Vabadussoja_Ajaloo_Komitee, lk 35
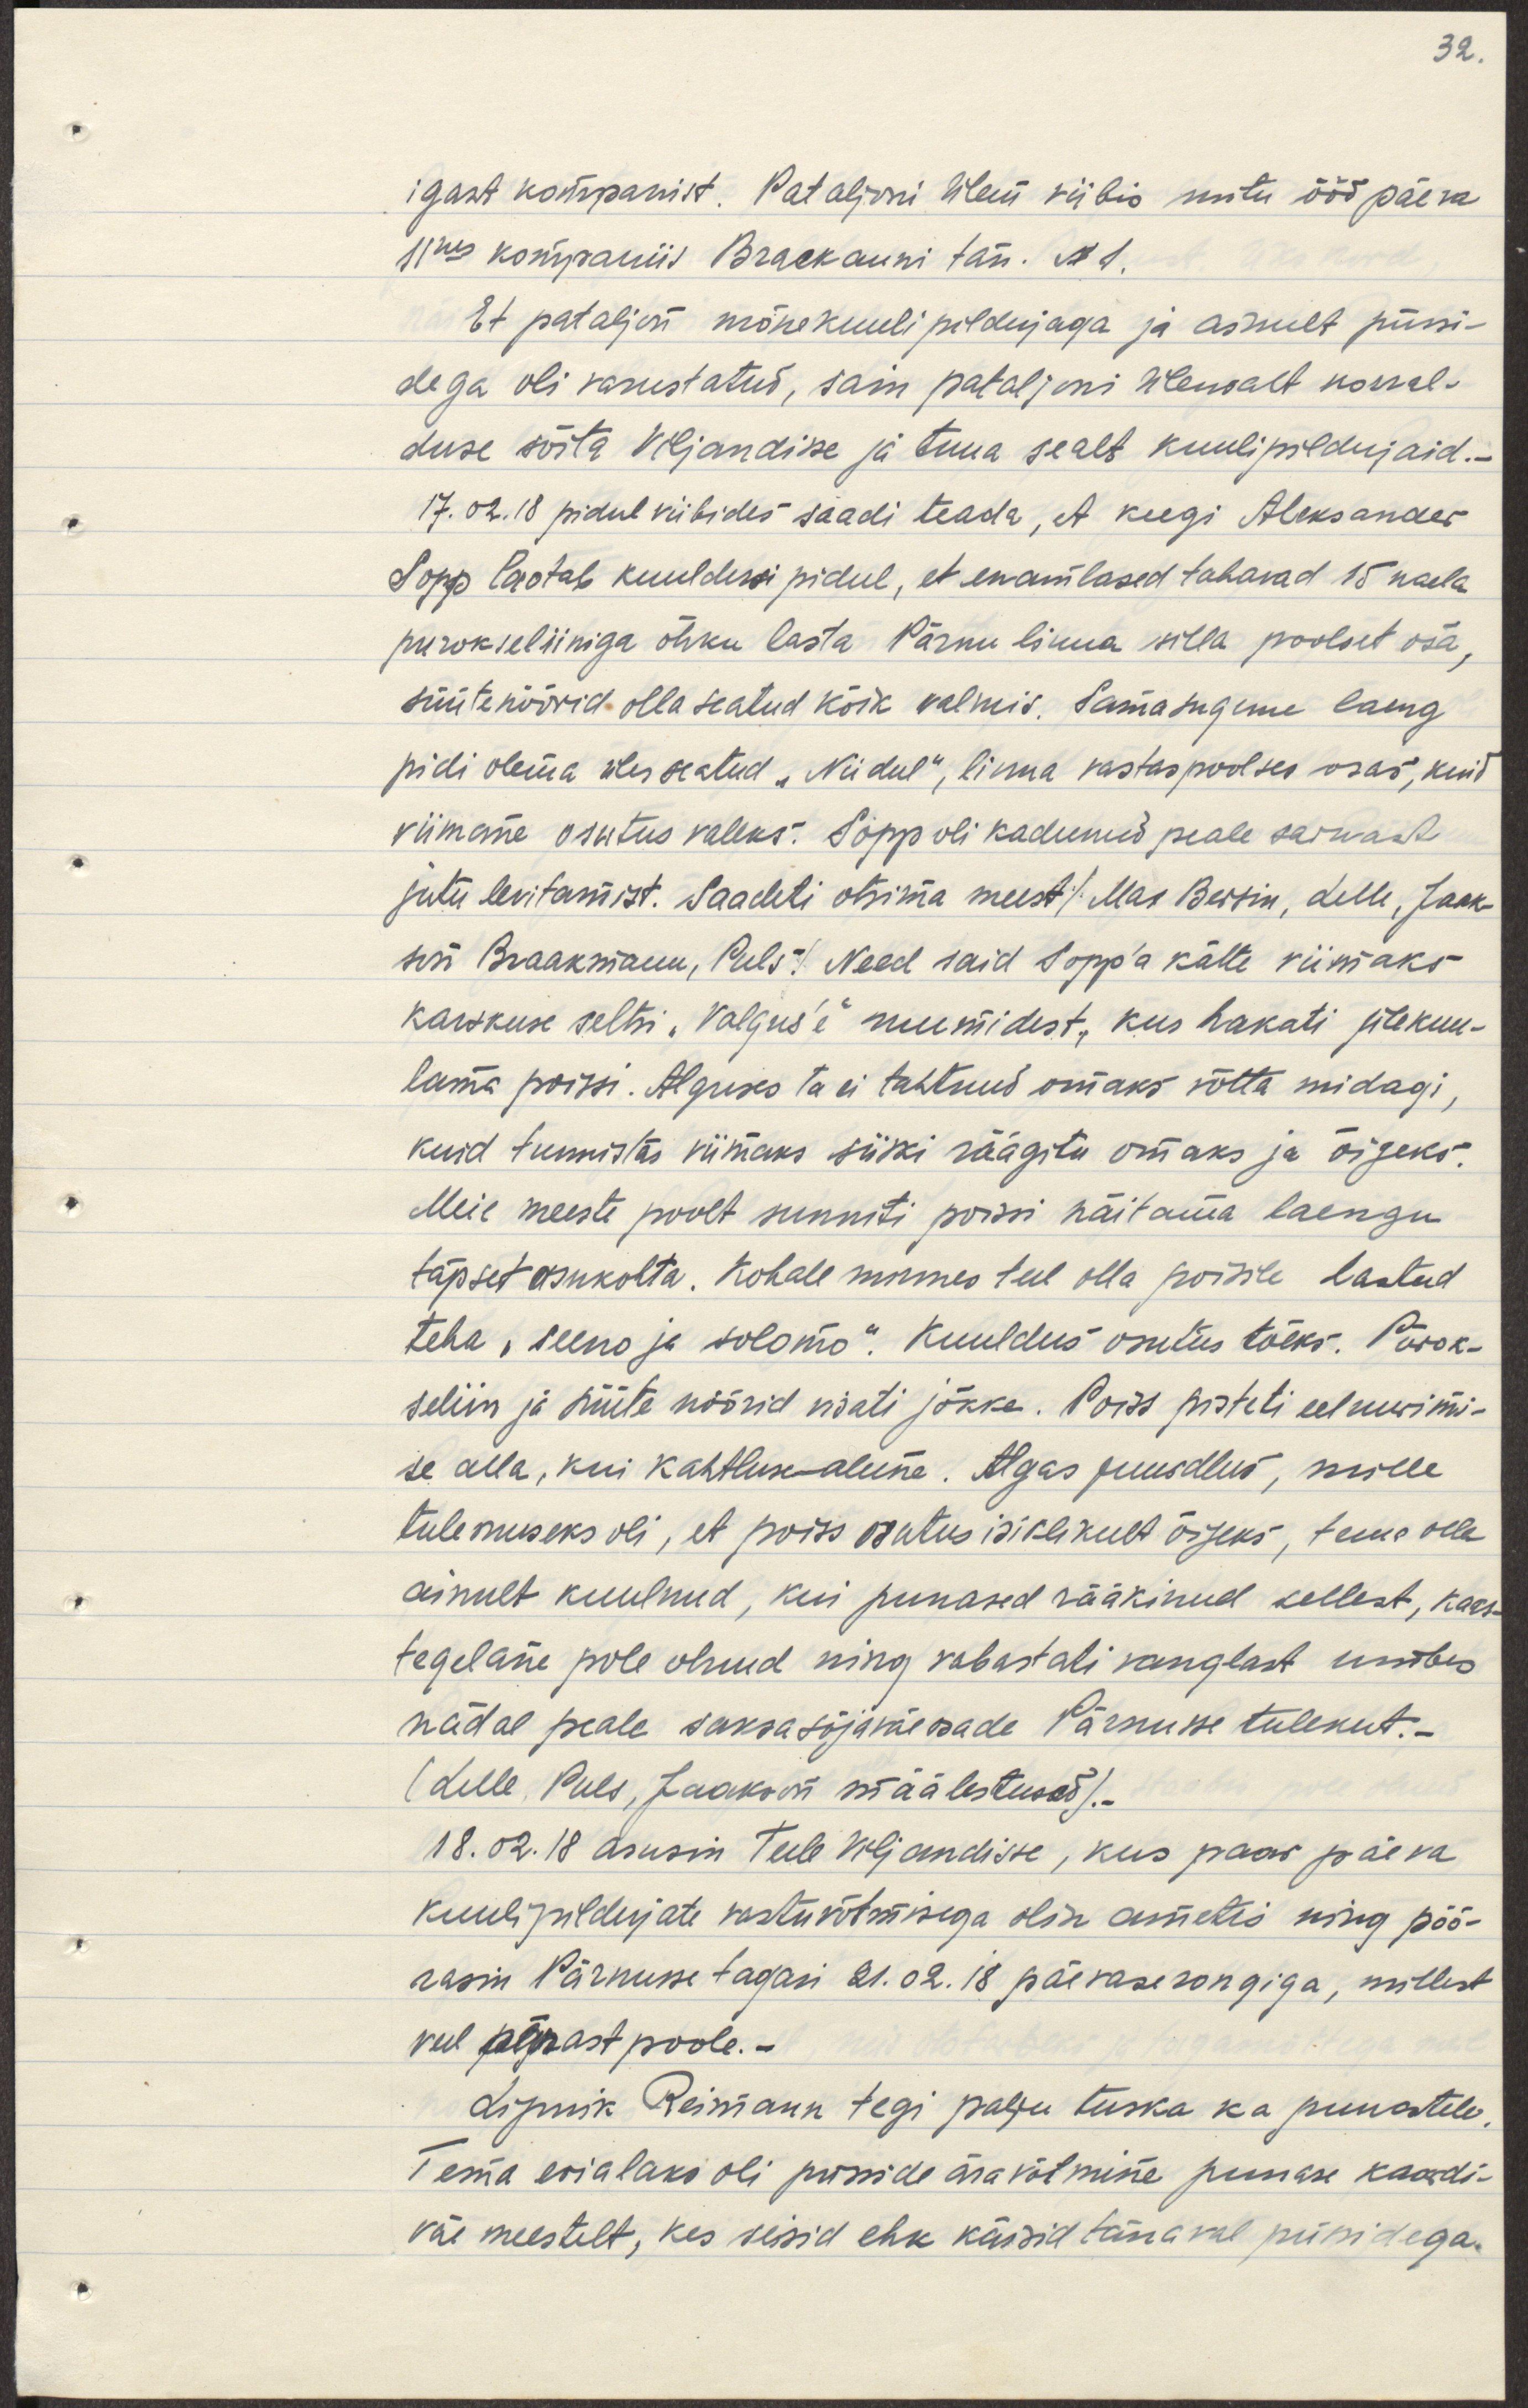
igast kompanist. Pataljoni ülem viibis mitu ööd päeva
11nes kompaniis Brackanni tän. N1.
Et pataljon mõne kuulipildujaga ja ainult püssi-
dega oli varustatud, sain pataljoni ülemalt korral-
duse sõita Viljandisse ja tuua sealt kuulipildujaid.
17.02.18 pidul viibides saadi teada, et keegi Aleksander
Sopp laotab kuuldusi pidul, et enamlased tahavad 15 naela
purokseliiniga õhku lasta Pärnu linna silla poolset osa,
süütenöörid olla seatud kõik valmis. Samasugune laeng
pidi olema üles seatud "Niidul", linna vastaspoolses osas, kuid 
viimane osutus valeks. Sopp oli kadunud peale sarnast
juttu levitamist. Saadeti otsima meest /Max Bersin, Lelle, Jaak-
son Braakmann, Puls. Need said Sopp'a kätte viimaks
karskuse seltsi "Valgus'e" ruumidest, kus hakati ülekuu-
lama poissi. Alguses ta ei tahtnud omaks võtta midagi,
kuid tunnistas viimaks siiski räägitu omaks ja õigeks.
Meie meeste poolt sunniti poissi näitama laengu
täpset asukohta. Kohale minnes teel olla poisile lastud
teha, "seeno ja solomo". Kuuldus osutus tõeks. Pürok-
seliin ja süüte nöörid visati jõkke. Poiss pisteti eeluurimi-
se alla, kui kahtlusealune. Algas juurdlus, mille
tulemuseks oli, et poiss osutus isiklikult õigeks, tema olla
ainult kuulnud, kui punased rääkinud sellest, kaas-
tegelane pole olnud ning vabastati vanglast umbes
nädal peale saksasõjaväeosade Pärnusse tulekut.-
(Lelle, Puls, Jaakson määlestused).-
18.02.18 asusin teele Viljandisse, kus paar päeva
kuulipildujate vastuvõtmisega olin ametis ning pöör-
rasin Pärnusse tagasi 21.02.18 päevase rongiga, millest
veel pärastpoole.
Lipnik Reimann tegi palju tuska ka punastele.
Tema erialaks oli püsside äravõtmine punase kaardi-
väe meestelt, kes seisid ehk käisid tänaval püssidega.